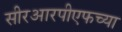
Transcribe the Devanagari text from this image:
सीरआरपीएफच्या